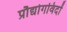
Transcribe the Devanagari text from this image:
प्रौद्योगविदों